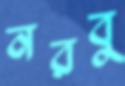
নরবু